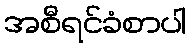
အစီရင်ခံစာပါ